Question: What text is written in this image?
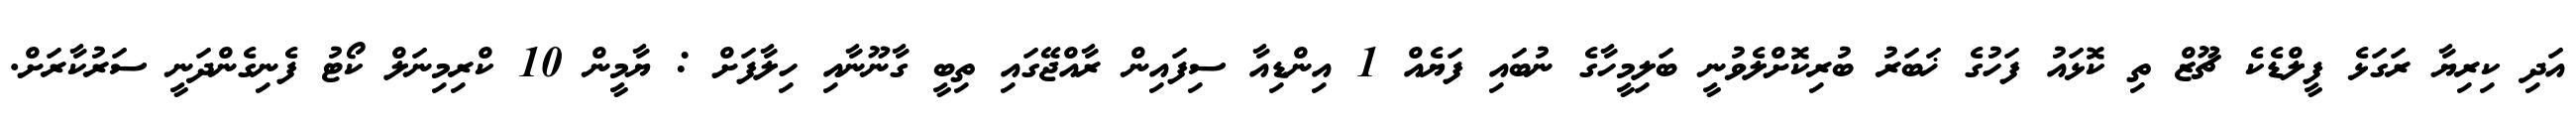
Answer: އަދި ކިރިޔާ ރަގަޅެ ފީލްޑެކެ ޗޫޒް ތި ކޮޅައު ފަހުގެ ޚަބަރު ބުރިކޮށްލެވުނީ ބަލިމީހާގެ ނުބައި ފަޔެއް 1 އިންޑިއާ ސިފައިން ރާއްޖޭގައި ތިބީ ގާނޫނާއި ހިލާފަށް : ޔާމީން 10 ކްރިމިނަލް ކޯޓު ފެނިގެންދަނީ ސަރުކާރަށް.